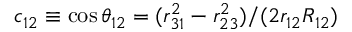
c _ { 1 2 } \equiv \cos { \theta _ { 1 2 } } = ( r _ { 3 1 } ^ { 2 } - r _ { 2 3 } ^ { 2 } ) / ( 2 r _ { 1 2 } R _ { 1 2 } )